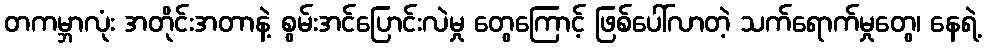
တကမ္ဘာလုံး အတိုင်းအတာနဲ့ စွမ်းအင်ပြောင်းလဲမှု တွေကြောင့် ဖြစ်ပေါ်လာတဲ့ သက်ရောက်မှုတွေ၊ နေရဲ့